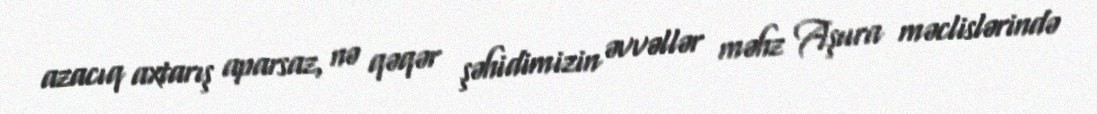
azacıq axtarış aparsaz, nə qəqər şəhidimizin əvvəllər məhz Aşura məclislərində